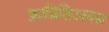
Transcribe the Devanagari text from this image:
फ़ाब्रिशिअयस